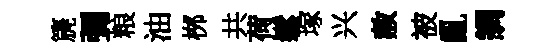
篪彌粮油桞共荷鬆塚兴赦被亂調